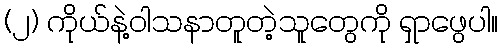
(၂) ကိုယ်နဲ့ဝါသနာတူတဲ့သူတွေကို ရှာဖွေပါ။